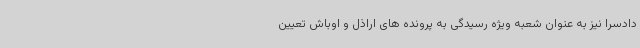
دادسرا نیز به عنوان شعبه ویژه رسیدگی به پرونده های اراذل و اوباش تعیین